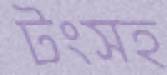
টংসহ